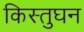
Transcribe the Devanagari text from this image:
किस्तुघन